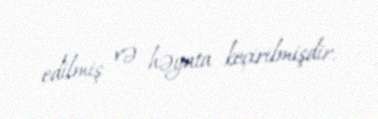
edilmiş və həyata keçirilmişdir.